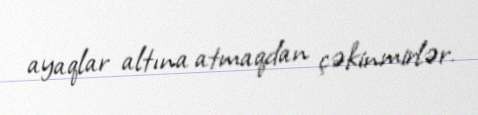
ayaqlar altına atmaqdan çəkinmirlər.